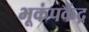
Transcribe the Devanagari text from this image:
भूकंपकेंद्र